Annual administration report of the Civil Veterinary Department of India - 1896-1897
Year: 1896
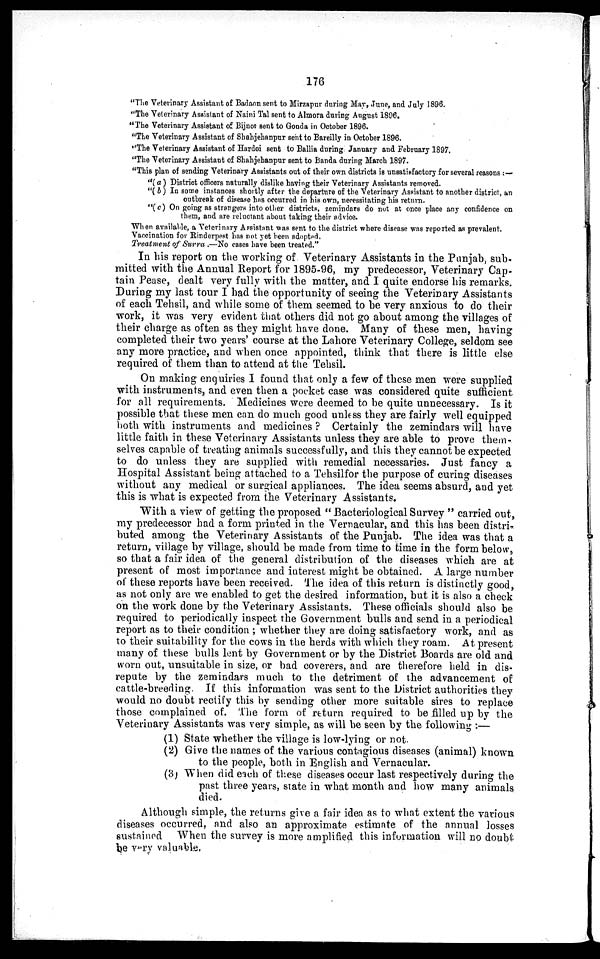
176
"The Veterinary Assistant of Badaon sent to Mirzapur during May, June, and July 1896.
"The Veterinary Assistant of Naini Tal sent to Almora during August 1896.
"The Veterinary Assistant of Bijnor sent to Gonda in October 1896.
"The Veterinary Assistant of Shahjehanpur sent to Bareilly in October 1896.
"The Veterinary Assistant of Hardoi sent to Ballia during January and February 1897,
"The Veterinary Assistant of Shahjehanpur sent to Banda during March 1897.
"This plan of sending Veterinary Assistants out of their own districts is unsatisfactory for several reasons:—
"(a) District officers naturally dislike having their Veterinary Assistants removed.
"(b) In some instances shortly after the departure of the Veterinary Assistant to another district, an
outbreak of disease has occurred in his own, necessitating his return.
"(c) On going as strangers into other districts, zemindars do not at once place any confidence on
them, and are reluctant about taking their advice.
When available, a Veterinary Assistant was sent to the district where disease was reported as prevalent.
Vaccination for Rinderpest has not yet been adopted.
Treatment of Surra.—No cases have been treated."
In his report on the working of Veterinary Assistants in the Punjab, sub-
mitted with the Annual Report for 1895-96, my predecessor, Veterinary Cap-
tain Pease, dealt very fully with the matter, and I quite endorse his remarks.
During my last tour I had the opportunity of seeing the Veterinary Assistants
of each Tehsil, and while some of them seemed to be very anxious to do their
work, it was very evident that others did not go about among the villages of
their charge as often as they might have done. Many of these men, having
completed their two years' course at the Lahore Veterinary College, seldom see
any more practice, and when once appointed, think that there is little else
required of them than to attend at the Tehsil.
On making enquiries I found that only a few of these men were supplied
with instruments, and even then a pocket case was considered quite sufficient
for all requirements. Medicines were deemed to be quite unnecessary. Is it
possible that these men can do much good unless they are fairly well equipped
both with instruments and medicines ? Certainly the zemindars will have
little faith in these Veterinary Assistants unless they are able to prove them-
selves capable of treating animals successfully, and this they cannot be expected
to do unless they are supplied with remedial necessaries. Just fancy a
Hospital Assistant being attached to a Tehsilfor the purpose of curing diseases
without any medical or surgical appliances. The idea seems absurd, and yet
this is what is expected from the Veterinary Assistants.
With a view of getting the proposed " Bacteriological Survey " carried out,
my predecessor had a form printed in the Vernacular, and this has been distri-
buted among the Veterinary Assistants of the Punjab. The idea was that a
return, village by village, should be made from time to time in the form below,
so that a fair idea of the general distribution of the diseases which are at
present of most importance and interest might be obtained. A large number
of these reports have been received. The idea of this return is distinctly good,
as not only are we enabled to get the desired information, but it is also a check
on the work done by the Veterinary Assistants. These officials should also be
required to periodically inspect the Government bulls and send in a periodical
report as to their condition; whether they are doing satisfactory work, and as
to their suitability for the cows in the herds with which they roam. At present
many of these bulls lent by Government or by the District Boards are old and
worn out, unsuitable in size, or bad coverers, and are therefore held in dis-
repute by the zemindars much to the detriment of the advancement of
cattle-breeding. If this information was sent to the District authorities they
would no doubt rectify this by sending other more suitable sires to replace
those complained of. The form of return required to be filled up by the
Veterinary Assistants was very simple, as will be seen by the following:—
(1) State whether the village is low-lying or not.
(2) Give the names of the various contagious diseases (animal) known
to the people, both in English and Vernacular.
(3) When did each of these diseases occur last respectively during the
past three years, state in what month and how many animals
died.
Although simple, the returns give a fair idea as to what extent the various
diseases occurred, and also an approximate estimate of the annual losses
sustained When the survey is more amplified this information will no doubt
be very valuable.